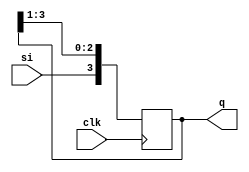
module sipo(clk,si,q);
input clk;
input si;
output reg [3:0]q;
always @ (posedge clk)
begin
	q[3] <= si;
	q[2] <= q[3];
	q[1] <= q[2];
	q[0] <= q[1];

end
endmodule